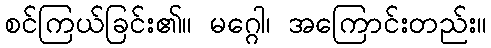
စင်ကြယ်ခြင်း၏။ မဂ္ဂေါ၊ အကြောင်းတည်း။